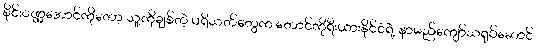
စိုင်းဝဏ္ဏအောင်ကိုတော့ သူ့ကိုချစ်တဲ့ ပရိသတ်တွေက တောင်ကိုရီးယားနိုင်ငံရဲ့ နာမည်ကျော်သရုပ်ဆောင်